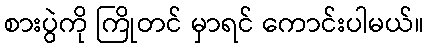
စားပွဲကို ကြိုတင် မှာရင် ကောင်းပါမယ်။